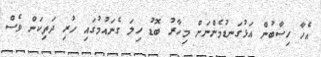
އެހާ ހިސާބުން އަޅުގަނޑުމެންނަށް މިހާރު ބޮޑު ހިލަ ގެނައުމުގައި ހުރި ދަތިކަން ވެސް